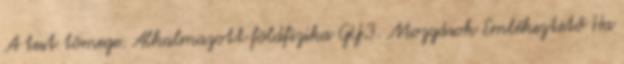
A test tömege. Alkalmazott földfizika GY.3. Mozgások Emlékeztető Ha